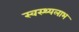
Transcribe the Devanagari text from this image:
स्वस्थ्यलाभ